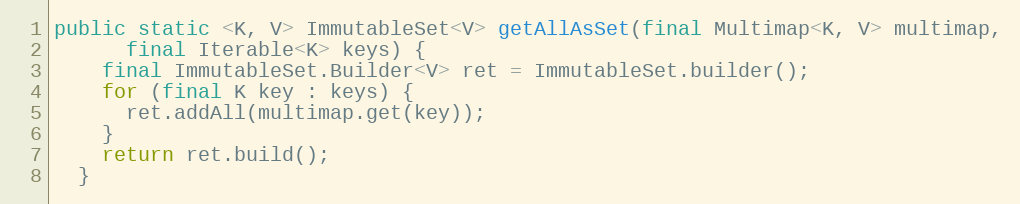
Language: Java
public static <K, V> ImmutableSet<V> getAllAsSet(final Multimap<K, V> multimap,
      final Iterable<K> keys) {
    final ImmutableSet.Builder<V> ret = ImmutableSet.builder();
    for (final K key : keys) {
      ret.addAll(multimap.get(key));
    }
    return ret.build();
  }